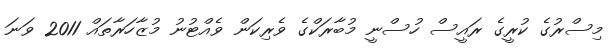
މިސްރުގެ ކުރީގެ ރައީސް ހުސްނީ މުބާރަކްގެ ވެރިކަން ވެއްޓުނު މުޒާހަރާތައް 2011 ވަނަ